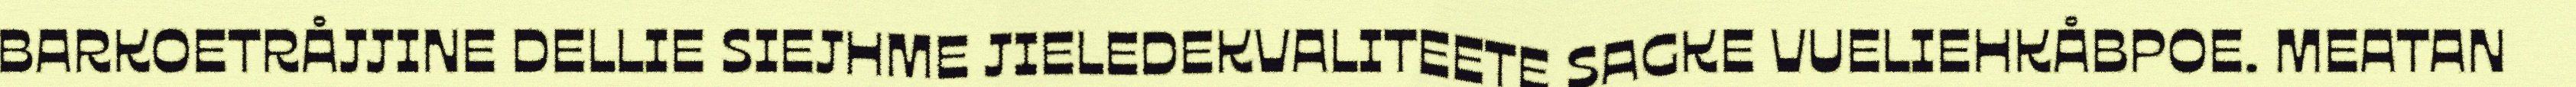
BARKOETRÅJJINE DELLIE SIEJHME JIELEDEKVALITEETE SAGKE VUELIEHKÅBPOE. MEATAN